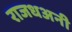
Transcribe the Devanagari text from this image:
राजधअनी